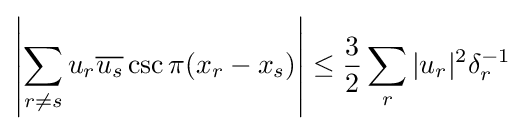
\left|\sum _{r\neq s}u_{r}{\overline {u_{s}}}\csc \pi (x_{r}-x_{s})\right|\leq {\dfrac {3}{2}}\sum _{r}|u_{r}|^{2}\delta _{r}^{-1}